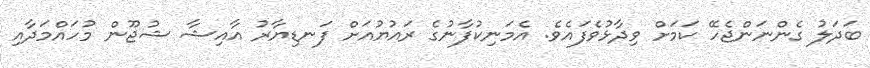
ބަދަލު ގެންނަންޖެހޭ ކަމަށް ވިދާޅުވެފައެވެ. އެމަނިކުފާނުގެ ރައުޔުއަށް ފަނޑިޔާރު އާއިޝާ ޝުޖޫން މުހައްމަދާއި